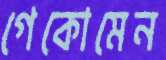
গেকোমেন